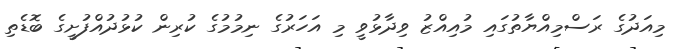
މިއަދުގެ ރަސްމިއްޔާތުގައި މުއިއްޒު ވިދާޅުވީ މި އަހަރުގެ ނިމުމުގެ ކުރިން ކުޅުދުއްފުށީގެ ބޮޑެތި